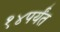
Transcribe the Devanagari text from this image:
१४पर्यंत